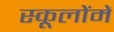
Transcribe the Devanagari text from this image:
स्कूलोंमें